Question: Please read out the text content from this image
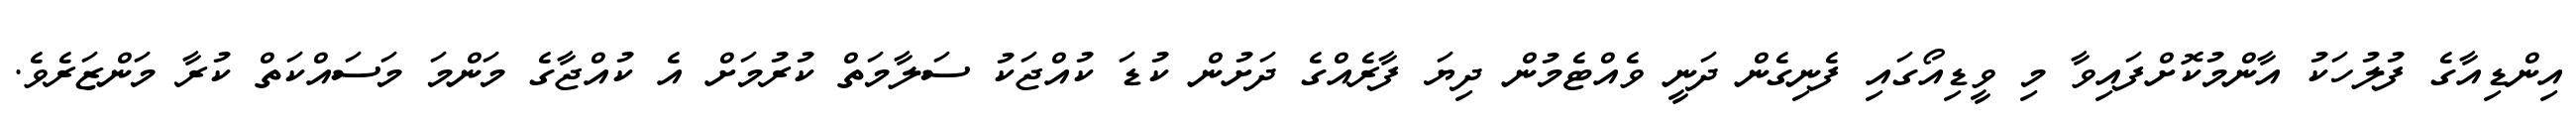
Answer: އިންޑިއާގެ ފުލުހަކު އާންމުކޮށްފައިވާ މި ވީޑިއޯގައި ފެނިގެން ދަނީ ވެއްޓެމުން ދިޔަ ފާރެއްގެ ދަށުން ކުޑަ ކުއްޖަކު ސަލާމަތް ކުރުމަށް އެ ކުއްޖާގެ މަންމަ މަސައްކަތް ކުރާ މަންޒަރެވެ.